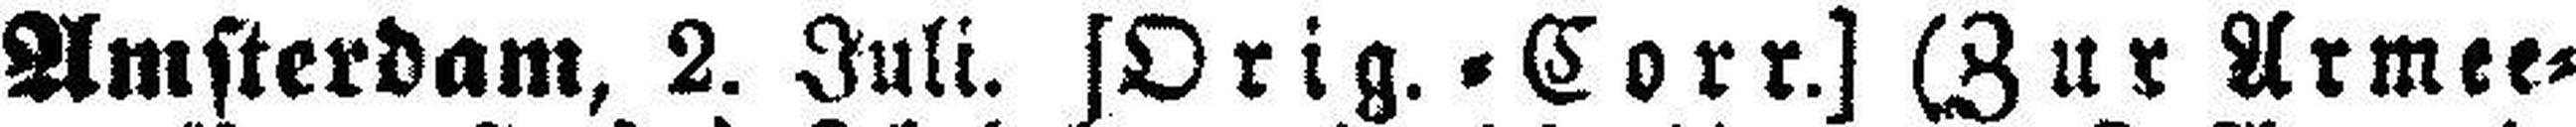
Amsterdam, 2. Juli. [Orig.=Corr.] (Zur Armee¬